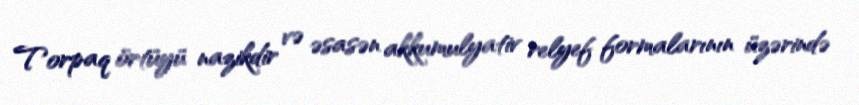
Torpaq örtüyü nazikdir və əsasən akkumulyativ relyef formalarının üzərində